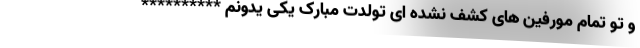
و تو تمام مورفین های کشف نشده ای تولدت مبارک یکی یدونم **********